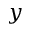
y